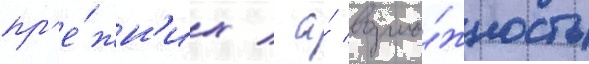
пр'е́жн'их / а́ возмо́жность